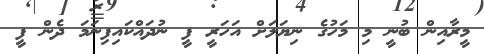
މީރާއިން ބުނީ މި މަހުގެ ނިޔަލަށް އަހަރީ ފީ ނުދައްކައިފިނަމަ ދެން ފީ